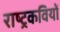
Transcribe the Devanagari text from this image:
राष्ट्रकवियों